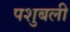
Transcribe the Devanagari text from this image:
पशुबली